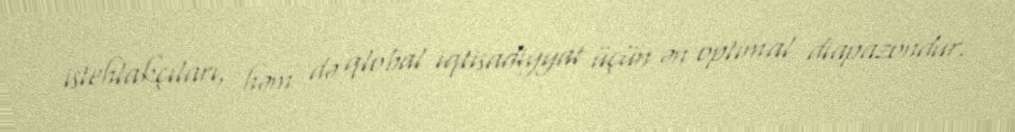
istehlakçıları, həm də qlobal iqtisadiyyat üçün ən optimal diapazondur.